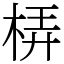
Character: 梇